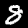
Label: 8